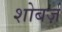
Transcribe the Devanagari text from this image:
शोबर्ज़